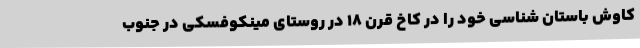
کاوش باستان شناسی خود را در کاخ قرن ۱۸ در روستای مینکوفسکی در جنوب